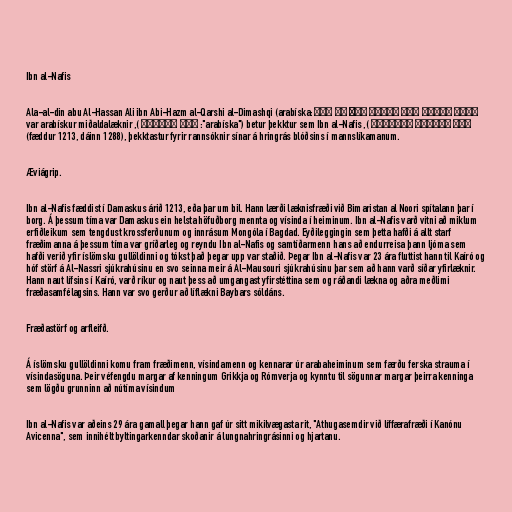
Ibn al-Nafis

Ala-al-din abu Al-Hassan Ali ibn Abi-Hazm al-Qarshi al-Dimashqi (arabíska: علاء الدين أبو الحسن عليّ بن أبي
حزم القرشي الدمشقي ), betur þekktur sem Ibn al-Nafis ("arabíska": ابن النفيس ), var arabískur miðaldalæknir
(fæddur 1213, dáinn 1288), þekktastur fyrir rannsóknir sínar á hringrás blóðsins í mannslíkamanum.

Æviágrip.

Ibn al-Nafis fæddist í Damaskus árið 1213, eða þar um bil. Hann lærði læknisfræði við Bimaristan al Noori spítalann þar í
borg. Á þessum tíma var Damaskus ein helsta höfuðborg mennta og vísinda í heiminum. Ibn al-Nafis varð vitni að miklum
erfiðleikum sem tengdust krossferðunum og innrásum Mongóla í Bagdad. Eyðileggingin sem þetta hafði á allt starf
fræðimanna á þessum tíma var gríðarleg og reyndu Ibn al-Nafis og samtíðarmenn hans að endurreisa þann ljóma sem
hafði verið yfir íslömsku gullöldinni og tókst það þegar upp var staðið. Þegar Ibn al-Nafis var 23 ára fluttist hann til Kaíró og
hóf störf á Al-Nassri sjúkrahúsinu en svo seinna meir á Al-Mausouri sjúkrahúsinu þar sem að hann varð síðar yfirlæknir.
Hann naut lífsins í Kaíró, varð ríkur og naut þess að umgangast yfirstéttina sem og ráðandi lækna og aðra meðlimi
fræðasamfélagsins. Hann var svo gerður að líflækni Baybars sóldáns.

Fræðastörf og arfleifð.

Á íslömsku gullöldinni komu fram fræðimenn, vísindamenn og kennarar úr arabaheiminum sem færðu ferska strauma í
vísindasöguna. Þeir véfengdu margar af kenningum Grikkja og Rómverja og kynntu til sögunnar margar þeirra kenninga
sem lögðu grunninn að nútíma vísindum

Ibn al-Nafis var aðeins 29 ára gamall þegar hann gaf úr sitt mikilvægasta rit, "Athugasemdir við líffærafræði í Kanónu
Avicenna", sem innihélt byltingarkenndar skoðanir á lungnahringrásinni og hjartanu.